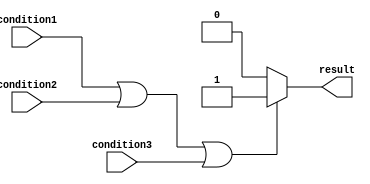
module if_else_logical_or(
    input wire condition1,
    input wire condition2,
    input wire condition3,
    output reg result
);

always @(*)
begin
    if (condition1 || condition2 || condition3) begin
        // Code block to execute if any of the conditions are true
        result = 1'b1;
    end
    else begin
        // Code block to execute if none of the conditions are true
        result = 1'b0;
    end
end

endmodule